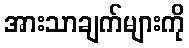
အားသာချက်များကို